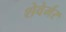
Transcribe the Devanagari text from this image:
शेवेर्मर